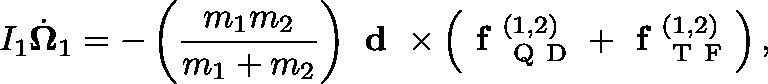
I _ { 1 } \dot { \mathbf { \Omega } } _ { 1 } = - \left( \frac { m _ { 1 } m _ { 2 } } { m _ { 1 } + m _ { 2 } } \right) \textbf { d } \times \left( \textbf { f } _ { \mathrm { ~ Q ~ D ~ } } ^ { ( 1 , 2 ) } + \textbf { f } _ { \mathrm { ~ T ~ F ~ } } ^ { ( 1 , 2 ) } \right) ,